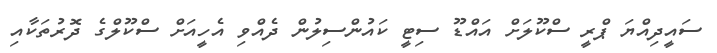
ސައީދިއްޔަ ޕްރީ ސްކޫލަށް އައްޑޫ ސިޓީ ކައުންސިލުން ދެއްވި އެހީއަށް ސްކޫލްގެ ދޮރުތަކާއި